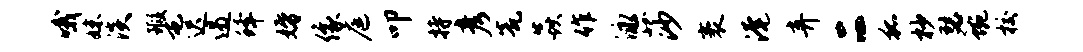
哦妹淡瑕屯迟遏蜂婚像庭叩持彦瓮焱作泳莎袤淹弃二狐杪瑟蜿校